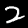
Digit: 2